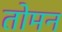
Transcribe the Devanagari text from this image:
तोमन